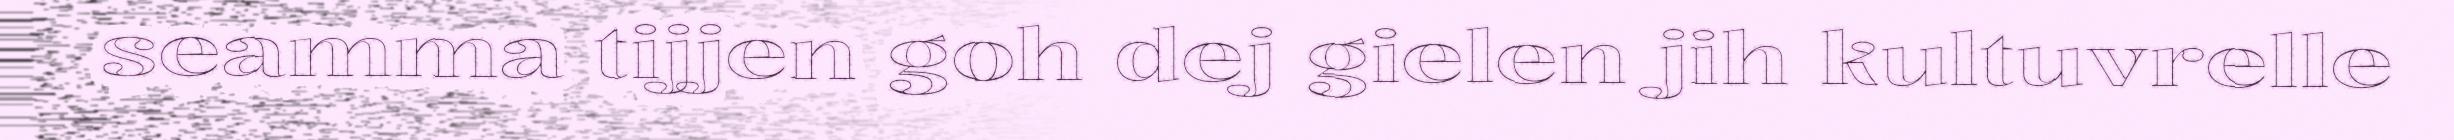
seamma tijjen goh dej gielen jih kultuvrelle